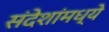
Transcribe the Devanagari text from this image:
संदेशांमध्ये